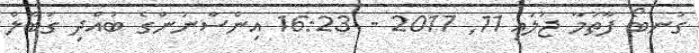
ގުނބޯ ފާތުމާ ޖުލައި 11